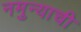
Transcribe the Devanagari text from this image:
नमुन्याची